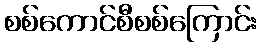
စစ်ကောင်စီစစ်ကြောင်း